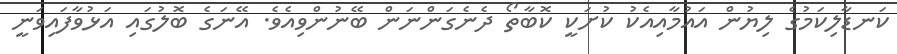
ކަނޑާލިކަމުގެ ލިޔުން އައުމާއިއެކު ކުށަކީ ކޮބާތޯ ދެނެގަންނަން ބޭނުންވިއެވެ. އޭނަގެ ބޮލުގައި އަޅުވާފައިވަނީ